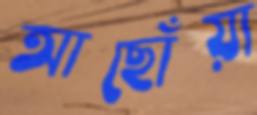
আছোঁয়া